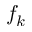
f _ { k }